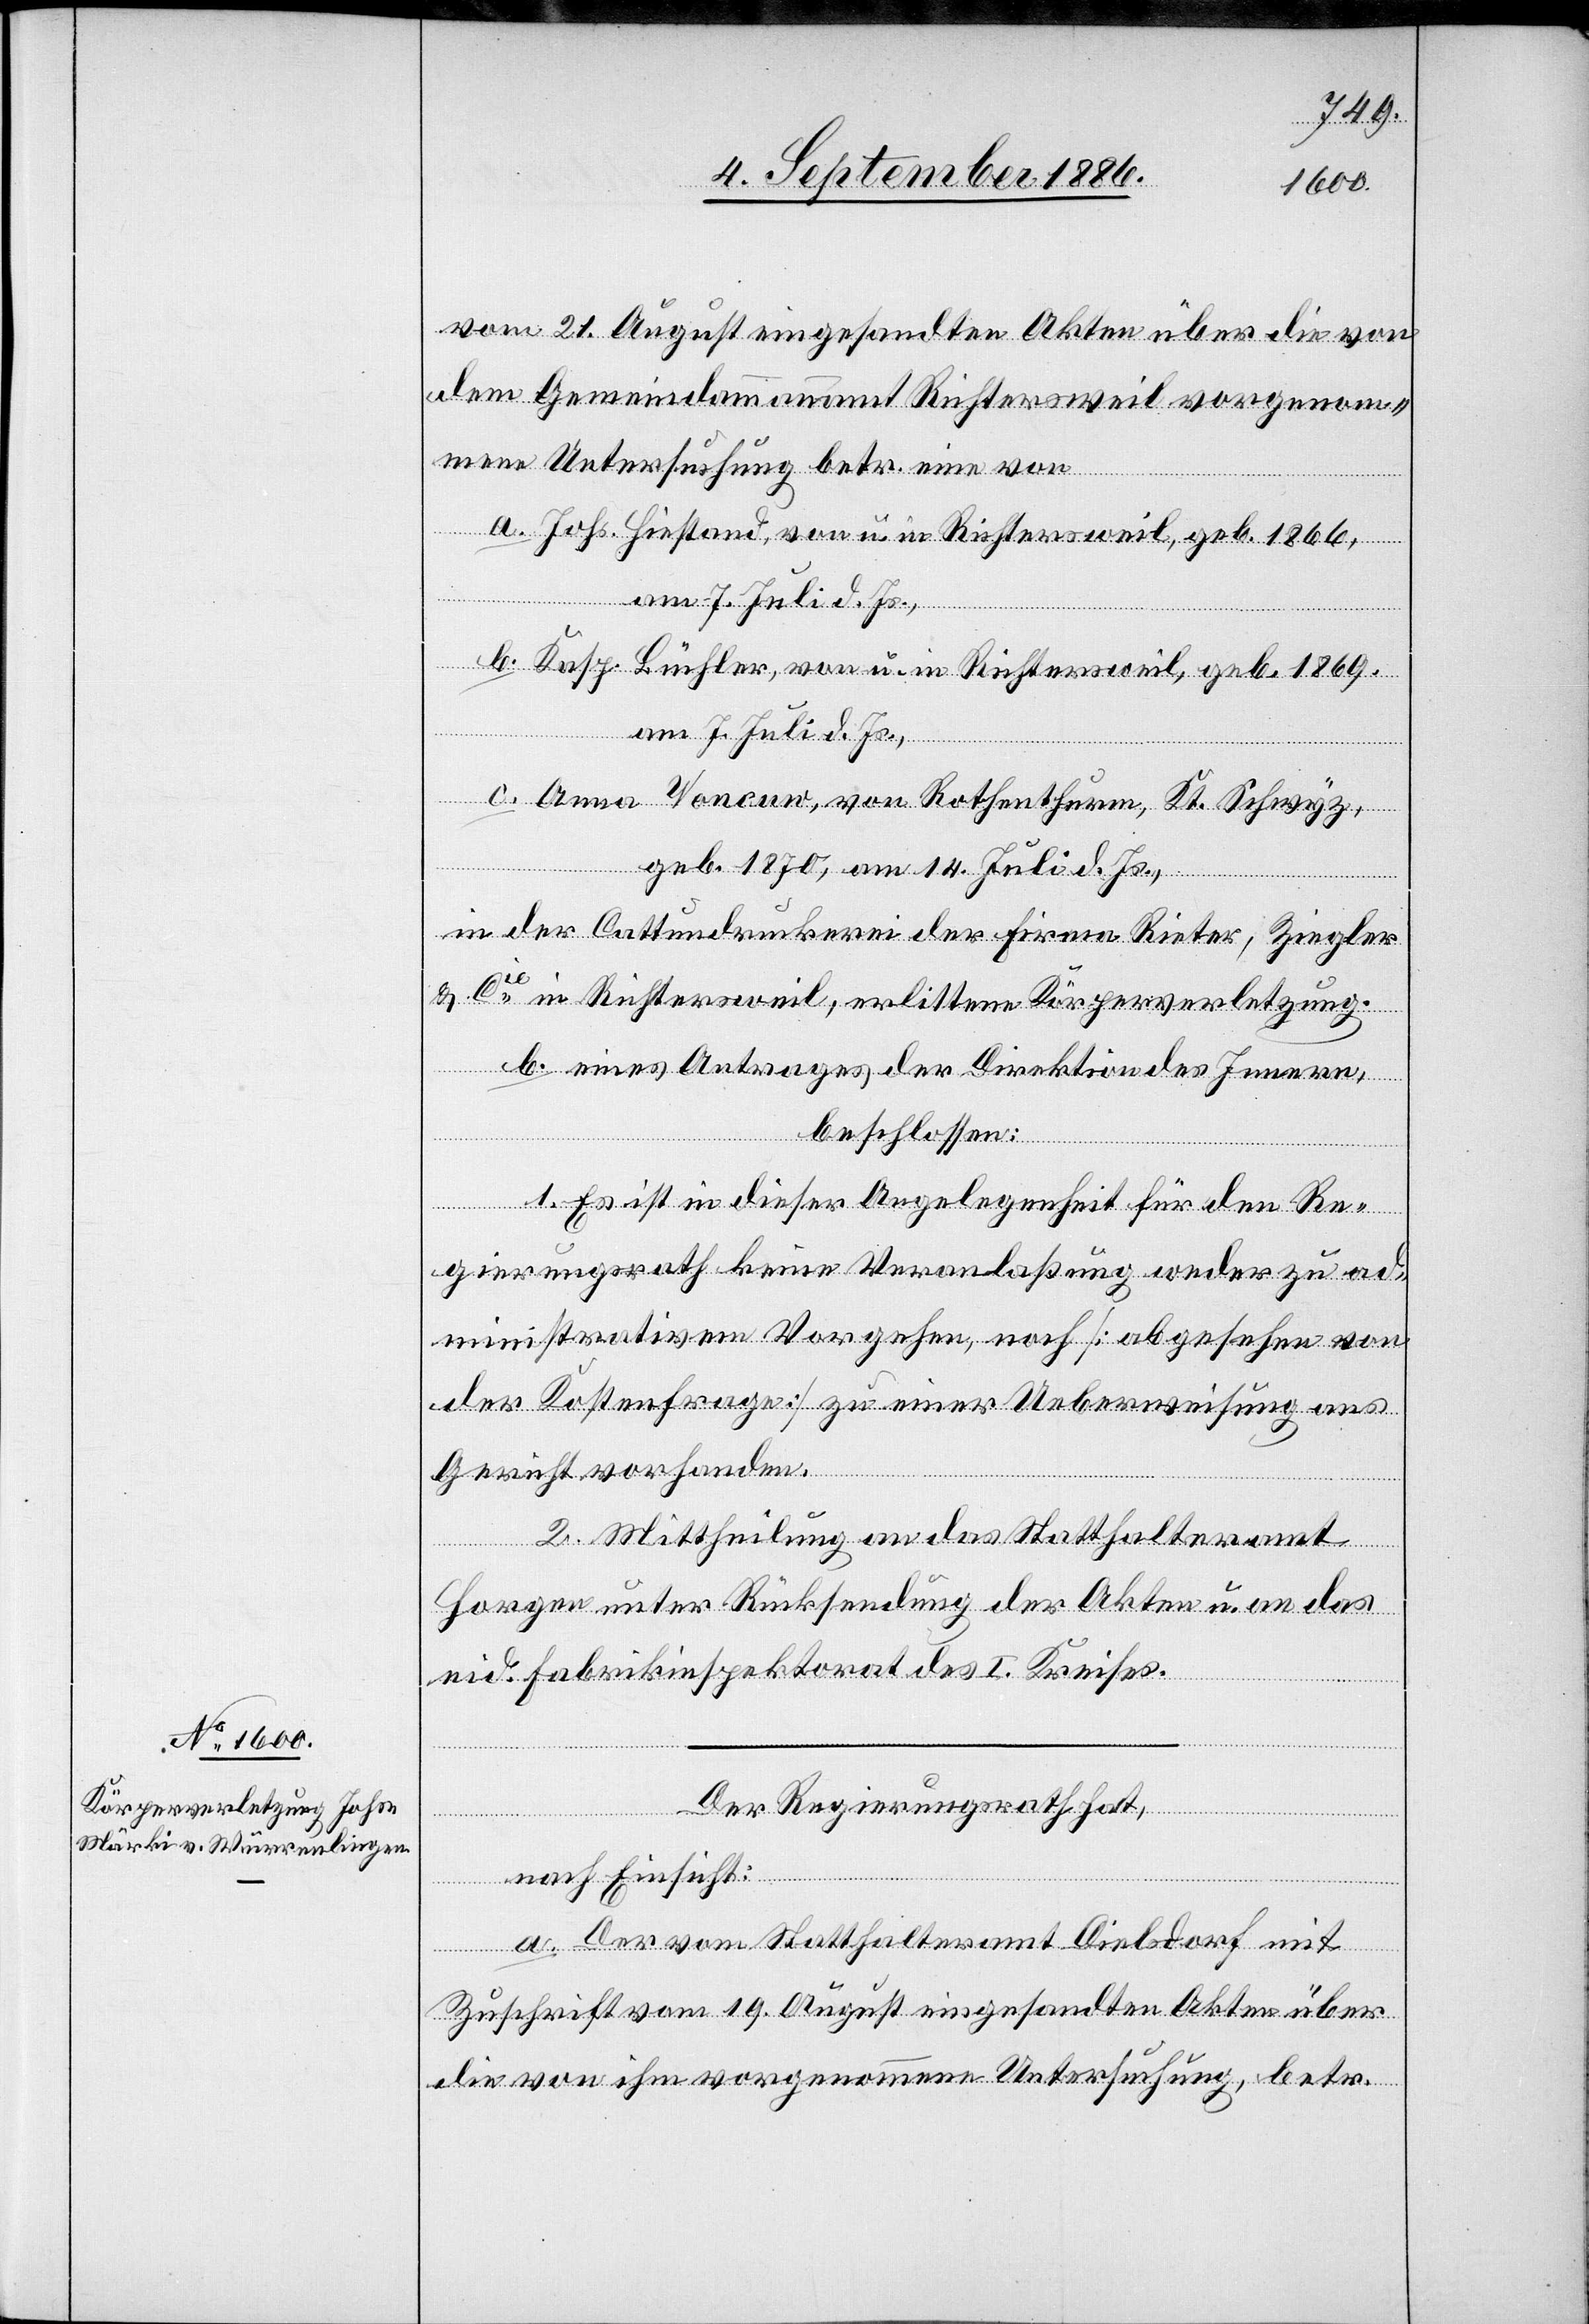
vom 21. August eingesandten Akten über die von
dem Gemeindammannamt Richtersweil vorgenom¬
mene Untersuchung betr. eine von
a. Johs. Hiestand, von u. in Richtersweil, geb. 1866,
b. Kasp. Büchler, von u. in Richtersweil, geb. 1869,
am 7. Juli d. Js.,
c. Anna Voncuw, von Rothenthurm, Kt. Schwyz,
geb. 1870, am 14. Juli d. Js.,
in der Cattundruckerei der Firma Rieter, Ziegler
& Cie in Richtersweil, erlittene Körperverletzung.
b. eines Antrages der Direktion des Innern,
beschlossen:
1. Es ist in dieser Angelegenheit für den Re¬
gierungsrath keine Veranlaßung weder zu ad¬
ministrativem Vorgehen, noch [abgesehen von
der Kostenfrage] zu einer Ueberweisung ans
Gericht vorhanden.
2. Mittheilung an das Statthalteramt
Horgen unter Rücksendung der Akten u. an das
eid. Fabrikinspektorat des I. Kreises.
Der Regierungsrath hat,
nach Einsicht:
a. Der vom Statthalteramt Dielsdorf mit
Zuschrift vom 19. August eingesandten Akten über
die von ihm vorgenommene Untersuchung, betr.